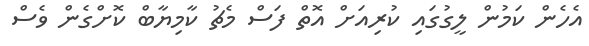
އެހެން ކަމުން ލީގުގައި ކުރިއަށް އޮތް ފަސް މެޗު ކާމިޔާބް ކޮށްގެން ވެސް